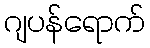
ဂျပန်ရောက်